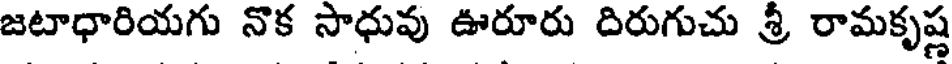
జటాధారియగు నొక సాధువు ఊరూరు దిరుగుచు శ్రీ రామకృష్ణ